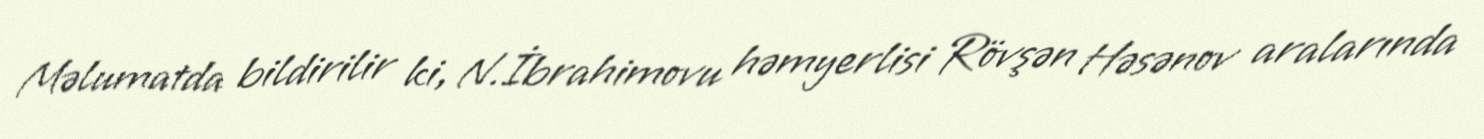
Məlumatda bildirilir ki, N.İbrahimovu həmyerlisi Rövşən Həsənov aralarında